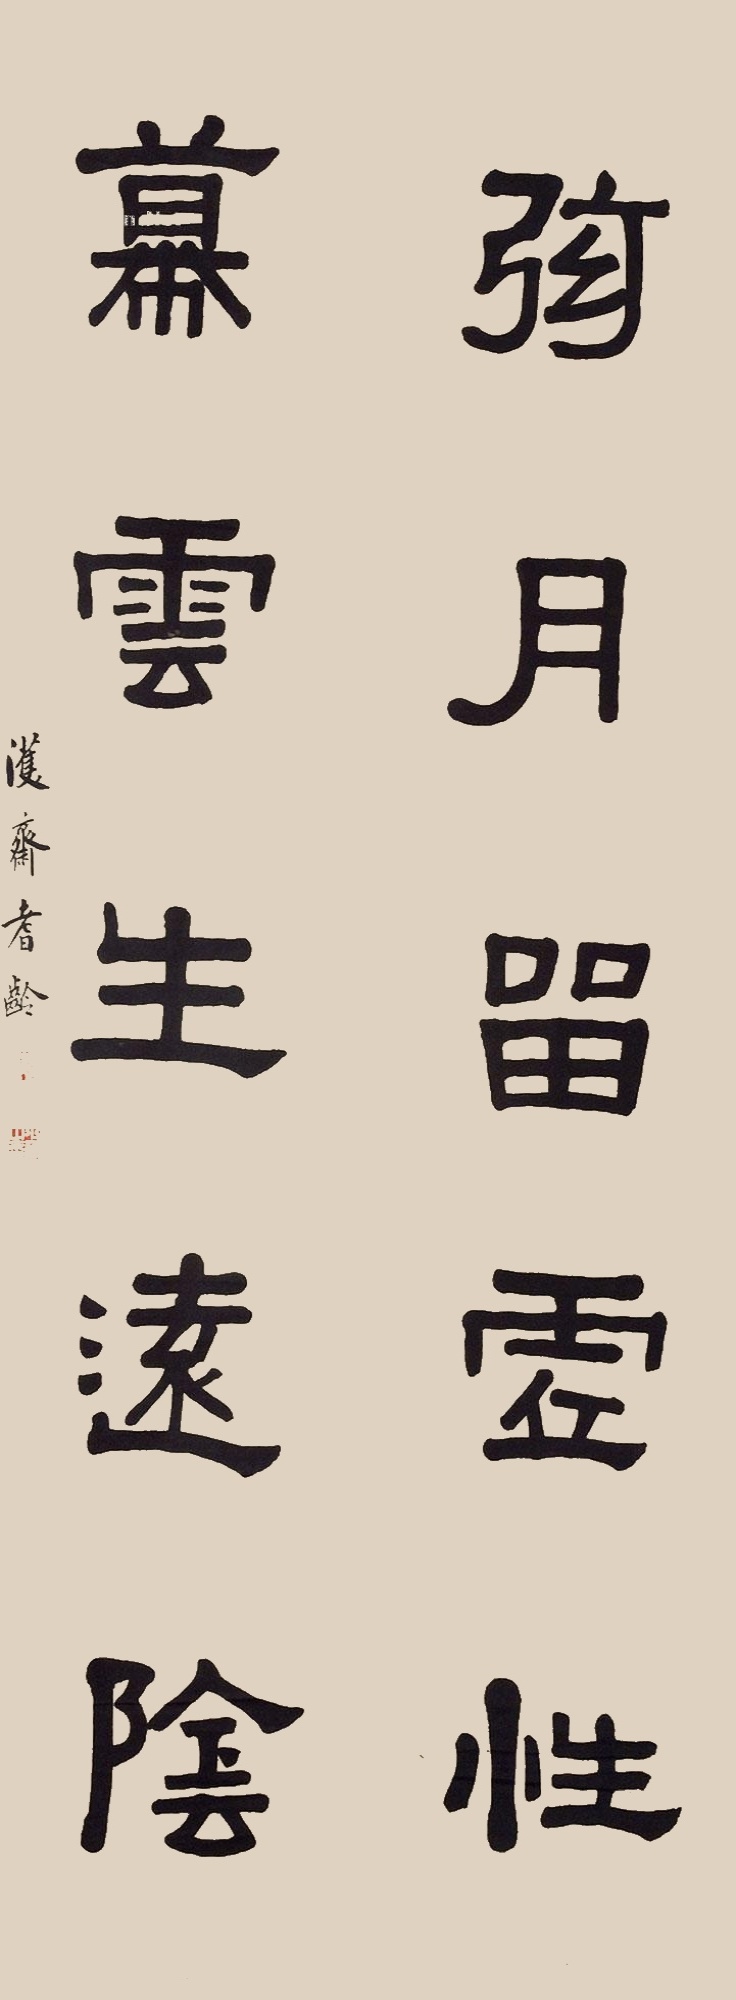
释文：弦月留虚性，幕云生远阴。濩斋耆龄。